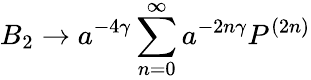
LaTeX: B_{2}\rightarrow a^{-4\gamma}\sum_{n=0}^{\infty}a^{-2n\gamma}P^{(2n)}